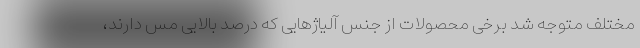
مختلف متوجه شد برخی محصولات از جنس آلیاژهایی که درصد بالایی مس دارند،